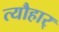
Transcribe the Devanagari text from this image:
त्यौहार्